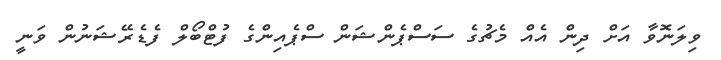
ވިލަނޮވާ އަށް ދިން އެއް މެޗުގެ ސަސްޕެންޝަން ސްޕެއިންގެ ފުޓްބޯލް ފެޑެރޭޝަނުން ވަނީ